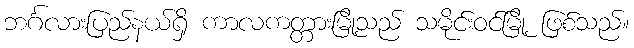
ဘင်္ဂလားပြည်နယ်ရှိ ကာလကတ္တားမြို့သည် သမိုင်းဝင်မြို့ ဖြစ်သည်။